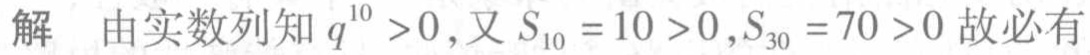
解 由实数列知 \(q^{10}>0\), 又 \(S_{10}=10>0,S_{30}=70>0\) 故必有